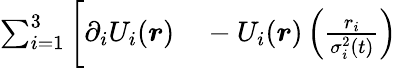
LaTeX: \begin{array}{rl}{\sum_{i=1}^{3}\bigg[\partial_{i}U_{i}(\boldsymbol{r})}&{{}-U_{i}(\boldsymbol{r})\left(\frac{r_{i}}{\sigma_{i}^{2}(t)}\right)}\end{array}